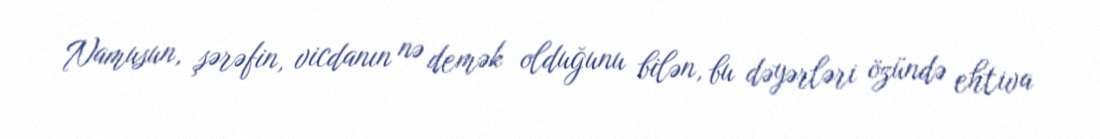
Namusun, şərəfin, vicdanın nə demək olduğunu bilən, bu dəyərləri özündə ehtiva